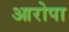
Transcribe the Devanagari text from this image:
आरोपा